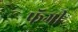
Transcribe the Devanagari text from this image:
फॅगी